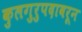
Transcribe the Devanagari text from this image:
कुलगुरुपदावरून